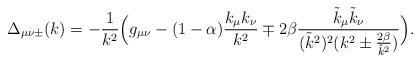
LaTeX: \begin{align*}\Delta_{\mu\nu\pm}(k) =-\frac1{k^2}\Big(g_{\mu\nu}-(1-\alpha)\frac{k_\mu k_\nu}{k^2}\mp2\beta\frac{\tilde k_\mu\tilde k_\nu}{(\tilde k^2)^2(k^2\pm\frac{2\beta}{\tilde k^2})}\Big).\end{align*}